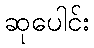
ဆုပေါင်း